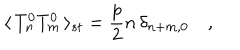
LaTeX: \langle \, T _ { n } ^ { 0 } T _ { m } ^ { 0 } \, \rangle _ { s t } = \frac { p } { 2 } n \, \delta _ { n + m , 0 } \quad ,